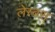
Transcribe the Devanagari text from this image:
लेस्बस्